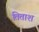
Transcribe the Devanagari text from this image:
तिताश